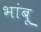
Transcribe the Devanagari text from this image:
भांबू